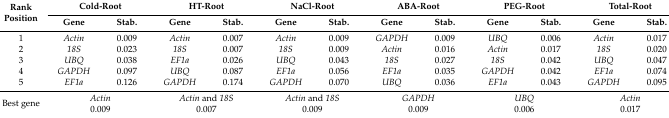
| <ROWSPAN=2> Rank Position | <COLSPAN=2> Cold-Root | <COLSPAN=2> HT-Root | <COLSPAN=2> NaCl-Root | <COLSPAN=2> ABA-Root | <COLSPAN=2> PEG-Root | <COLSPAN=2> Total-Root |
 | Gene | Stab. | Gene | Stab. | Gene | Stab. | Gene | Stab. | Gene | Stab. | Gene | Stab. |
 | --- | --- | --- | --- | --- | --- | --- | --- | --- | --- | --- | --- | --- |
 | 1 | Actin | 0.009 | Actin | 0.007 | Actin | 0.009 | GAPDH | 0.009 | UBQ | 0.006 | Actin | 0.017 |
 | 2 | 18S | 0.023 | 18S | 0.007 | 18S | 0.009 | Actin | 0.016 | Actin | 0.017 | 18S | 0.020 |
 | 3 | UBQ | 0.038 | EF1a | 0.026 | UBQ | 0.043 | 18S | 0.027 | 18S | 0.042 | UBQ | 0.047 |
 | 4 | GAPDH | 0.097 | UBQ | 0.087 | EF1a | 0.056 | EF1a | 0.035 | GAPDH | 0.042 | EF1a | 0.074 |
 | 5 | EF1a | 0.126 | GAPDH | 0.174 | GAPDH | 0.070 | UBQ | 0.036 | EF1a | 0.043 | GAPDH | 0.095 |
 | <ROWSPAN=2> Best gene | <COLSPAN=2> Actin | <COLSPAN=2> Actin and 18S | <COLSPAN=2> Actin and 18S | <COLSPAN=2> GAPDH | <COLSPAN=2> UBQ | <COLSPAN=2> Actin |
 | <COLSPAN=2> 0.009 | <COLSPAN=2> 0.007 | <COLSPAN=2> 0.009 | <COLSPAN=2> 0.009 | <COLSPAN=2> 0.006 | <COLSPAN=2> 0.017 |